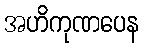
အဟိကုဏပေန